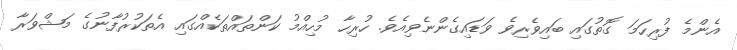
އެންމެ ފުރިހަމަ ގޮތުގައި ބައިވެރިވެ ވަޑައިގެންނެވިއެވެ. ހުރިހާ މުހިއްމު ކަންތައްތަކެއްގައި އެތަކުރުފާނުގެ މަޝްވަރާ